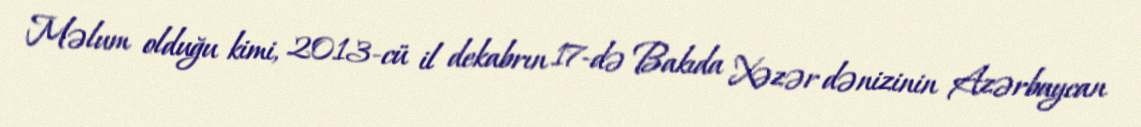
Məlum olduğu kimi, 2013-cü il dekabrın 17-də Bakıda Xəzər dənizinin Azərbaycan